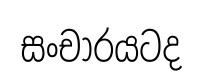
සංචාරයටද